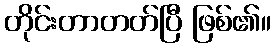
တိုင်းတာတတ်ပြီ ဖြစ်၏။